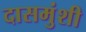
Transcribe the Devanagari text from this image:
दासमुंशी